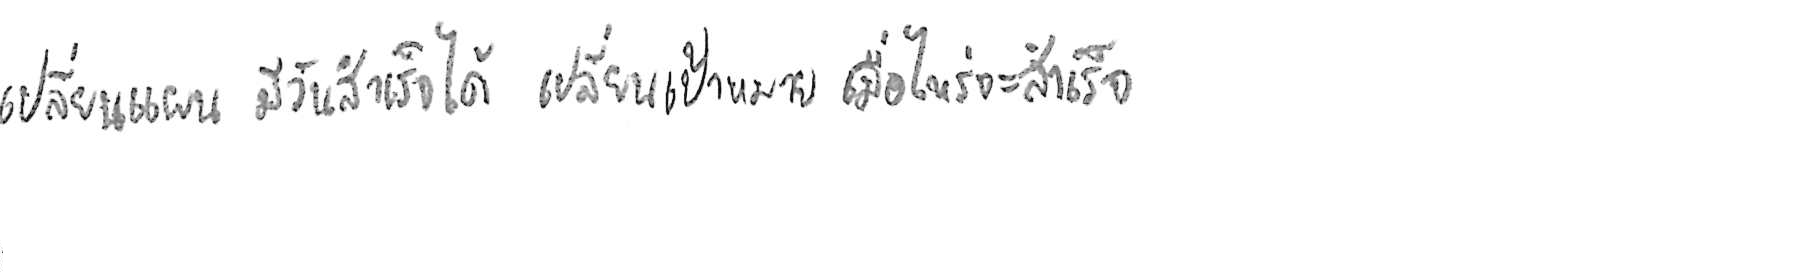
เปลี่ยนแผน มีวันสำเร็จได้ เปลี่ยนเป้าหมาย เมื่อไหร่จะสำเร็จ